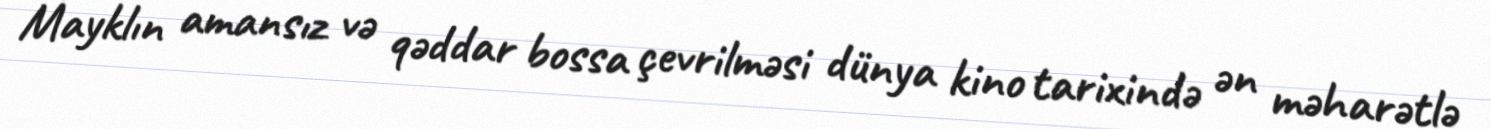
Mayklın amansız və qəddar bossa çevrilməsi dünya kino tarixində ən məharətlə